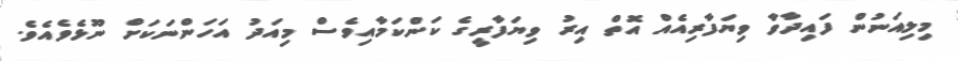
މިލިއަނުން ފައިދާވާ ވިޔަފާރިއެއް އޮތް އިރު ވިޔަފާރީގެ ކަންކަމާއިވެސް މިއަދު އަހަންނަކަށް ނޫޅެވެއެވެ.